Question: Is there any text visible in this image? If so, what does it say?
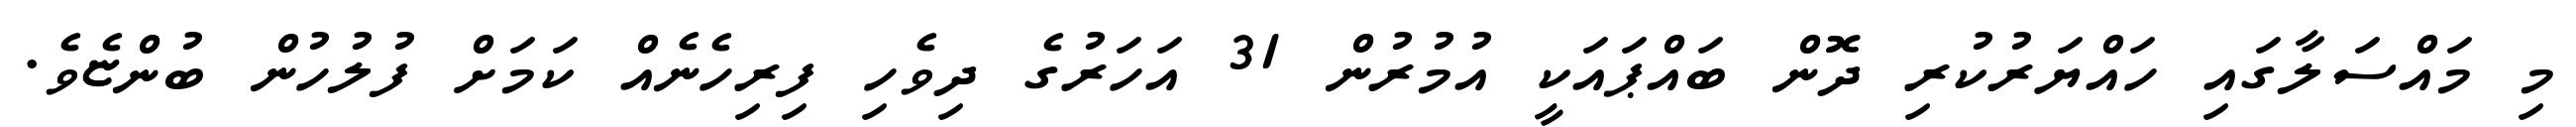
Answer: މި މައްސަލާގައި ހައްޔަރުކުރި ދޮން ބައްޕައަކީ އުމުރުން 31 އަހަރުގެ ދިވެހި ފިރިހެނެއް ކަމަށް ފުލުހުން ބުންޏެވެ.